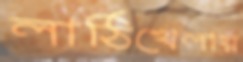
লাঠিখেলায়